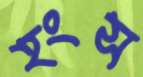
হংস